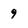
Character: 9